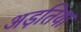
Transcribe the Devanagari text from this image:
अड़तिया